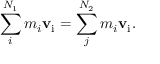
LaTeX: \sum _ { i } ^ { N _ { 1 } } m _ { i } \mathbf { v } _ { \mathrm { { i } } } = \sum _ { j } ^ { N _ { 2 } } m _ { i } \mathbf { v } _ { \mathrm { { i } } } . \,